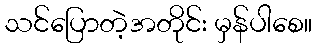
သင်ပြောတဲ့အတိုင်း မှန်ပါစေ။